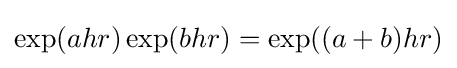
\exp(ahr)\exp(bhr)=\exp((a+b)hr)